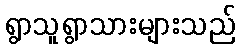
ရွာသူရွာသားများသည်